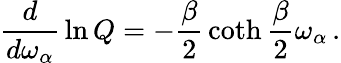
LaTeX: {\frac{d}{d\omega_{\alpha}}}\ln Q=-{\frac{\beta}{2}}\coth{\frac{\beta}{2}}\omega_{\alpha}\, .